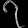
Digit: ၇